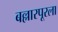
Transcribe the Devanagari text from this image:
बल्लारपूरला